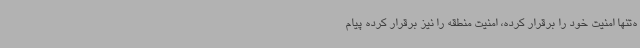
ه‌تنها امنیت خود را برقرار کرده، امنیت منطقه را نیز برقرار کرده پیام